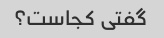
گفتی کجاست؟